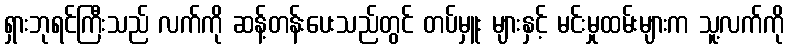
ရှားဘုရင်ကြီးသည် လက်ကို ဆန့်တန်းပေးသည်တွင် တပ်မှူး များနှင့် မင်းမှုထမ်းများက သူ့လက်ကို